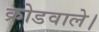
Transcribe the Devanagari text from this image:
क्रोडवाले।